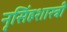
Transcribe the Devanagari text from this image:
नृसिंहशास्त्री